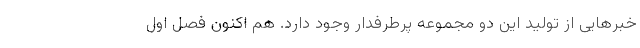
خبرهایی از تولید این دو مجموعه پرطرفدار وجود دارد. هم اکنون فصل اول